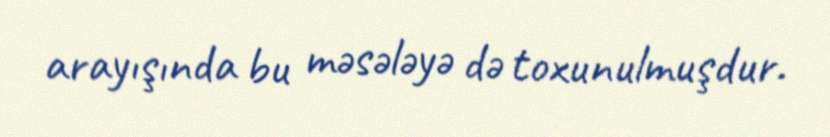
arayışında bu məsələyə də toxunulmuşdur.